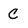
Character: C